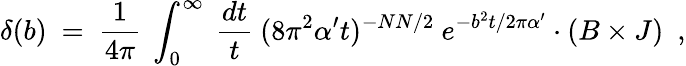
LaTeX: \delta(b)~=~\frac{1}{4\pi}~\int_{0}^{\infty}~\frac{dt}{t}~(8\pi^{2}\alpha^{\prime}t)^{-NN/2}~e^{-b^{2}t/2\pi\alpha^{\prime}}\cdot\left(B\times J\right)~~,